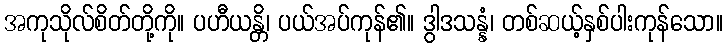
အကုသိုလ်စိတ်တို့ကို။ ပဟီယန္တိ၊ ပယ်အပ်ကုန်၏။ ဒွါဒသန္နံ၊ တစ်ဆယ့်နှစ်ပါးကုန်သော။